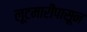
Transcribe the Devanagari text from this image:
लूटमारीपासून